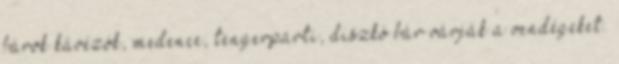
bárok kávézók, medence, tengerparti, diszkó bár várják a vendégeket.